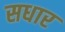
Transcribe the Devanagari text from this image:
सधार